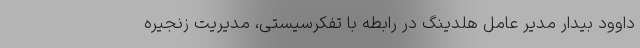
داوود بیدار مدیر عامل هلدینگ در رابطه با تفکرسیستی، مدیریت زنجیره